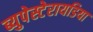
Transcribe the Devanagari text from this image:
ब्युपेस्टेरायडिया